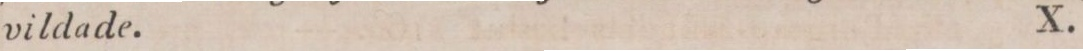
vildade.    X.